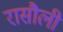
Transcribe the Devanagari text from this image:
रासौली